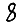
Digit: 8